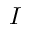
{ I }